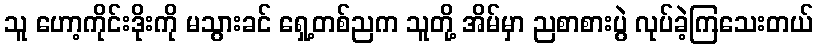
သူ ဟော့ကိုင်းဒိုးကို မသွားခင် ရှေ့တစ်ညက သူတို့ အိမ်မှာ ညစာစားပွဲ လုပ်ခဲ့ကြသေးတယ်